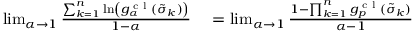
\begin{array} { r l } { \operatorname* { l i m } _ { \alpha \to 1 } \frac { \sum _ { k = 1 } ^ { n } \ln \left( g _ { \alpha } ^ { \textrm { c l } } ( \tilde { \sigma } _ { k } ) \right) } { 1 - \alpha } } & { { } = \operatorname* { l i m } _ { \alpha \to 1 } \frac { 1 - \prod _ { k = 1 } ^ { n } g _ { p } ^ { \textrm { c l } } ( \tilde { \sigma } _ { k } ) } { \alpha - 1 } } \end{array}